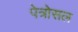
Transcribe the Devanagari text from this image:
पेत्रोसल